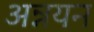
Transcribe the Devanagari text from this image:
अन्नयन